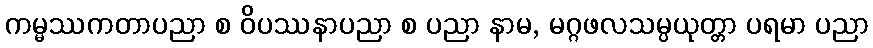
ကမ္မဿကတာပညာ စ ဝိပဿနာပညာ စ ပညာ နာမ, မဂ္ဂဖလသမ္ပယုတ္တာ ပရမာ ပညာ